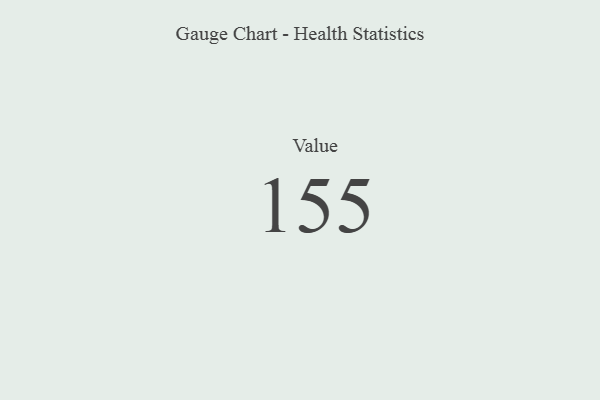
{"axis": {"x": "Metric", "y": "Value"}, "legend": [""], "data": [{"x": "Value", "y": 155, "type": ""}]}